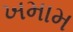
ખમામ